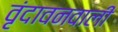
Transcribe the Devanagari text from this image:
वृंदावनवाली